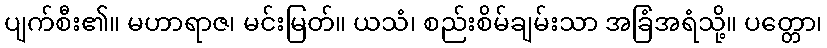
ပျက်စီး၏။ မဟာရာဇ၊ မင်းမြတ်။ ယသံ၊ စည်းစိမ်ချမ်းသာ အခြံအရံသို့။ ပတ္တော၊